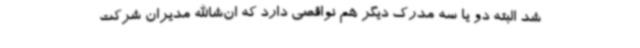
شد البته دو یا سه مدرک دیگر هم نواقصی دارد که ان‌شاالله مدیران شرکت